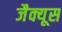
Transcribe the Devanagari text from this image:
जैक्यूस